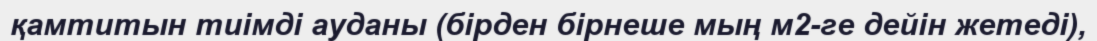
қамтитын тиімді ауданы (бірден бірнеше мың м2-ге дейін жетеді),